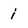
Character: i